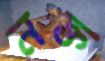
নক্ত